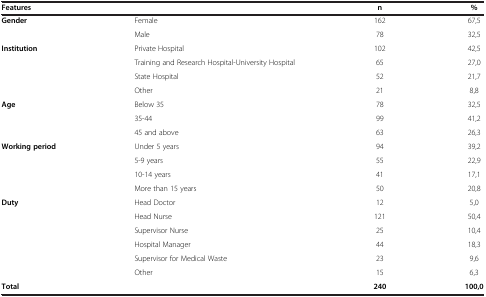
<table><thead><tr><td colspan="2"><b>Features</b></td><td><b>n</b></td><td><b>%</b></td></tr></thead><tbody><tr><td rowspan="2"><b>Gender</b></td><td>Female</td><td>162</td><td>67,5</td></tr><tr><td>Male</td><td>78</td><td>32,5</td></tr><tr><td rowspan="4"><b>Institution</b></td><td>Private Hospital</td><td>102</td><td>42,5</td></tr><tr><td>Training and Research Hospital-University Hospital</td><td>65</td><td>27,0</td></tr><tr><td>State Hospital</td><td>52</td><td>21,7</td></tr><tr><td>Other</td><td>21</td><td>8,8</td></tr><tr><td rowspan="3"><b>Age</b></td><td>Below 35</td><td>78</td><td>32,5</td></tr><tr><td>35-44</td><td>99</td><td>41,2</td></tr><tr><td>45 and above</td><td>63</td><td>26,3</td></tr><tr><td rowspan="4"><b>Working period</b></td><td>Under 5 years</td><td>94</td><td>39,2</td></tr><tr><td>5-9 years</td><td>55</td><td>22,9</td></tr><tr><td>10-14 years</td><td>41</td><td>17,1</td></tr><tr><td>More than 15 years</td><td>50</td><td>20,8</td></tr><tr><td rowspan="6"><b>Duty</b></td><td>Head Doctor</td><td>12</td><td>5,0</td></tr><tr><td>Head Nurse</td><td>121</td><td>50,4</td></tr><tr><td>Supervisor Nurse</td><td>25</td><td>10,4</td></tr><tr><td>Hospital Manager</td><td>44</td><td>18,3</td></tr><tr><td>Supervisor for Medical Waste</td><td>23</td><td>9,6</td></tr><tr><td>Other</td><td>15</td><td>6,3</td></tr><tr><td><b>Total</b></td><td> </td><td><b>240</b></td><td><b>100,0</b></td></tr></tbody></table>